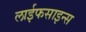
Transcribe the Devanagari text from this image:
लाईफसाइन्स